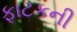
ફાટકની